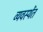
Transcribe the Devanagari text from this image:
व्यवस्थेंत